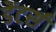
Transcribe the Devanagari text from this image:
डेंटर्स